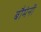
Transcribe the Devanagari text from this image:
बौमंनी